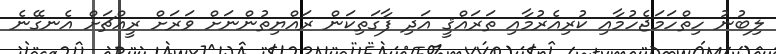
ލިބުނު ހިތްހަމަޖެހުމާއި ކުރިއެރުމާއި ތަރައްޤީ އަދި ފާގަތިކަން ރައްޔިތުންނަށް ވަރަށް ރީއްޗަށް އެނގޭނެ